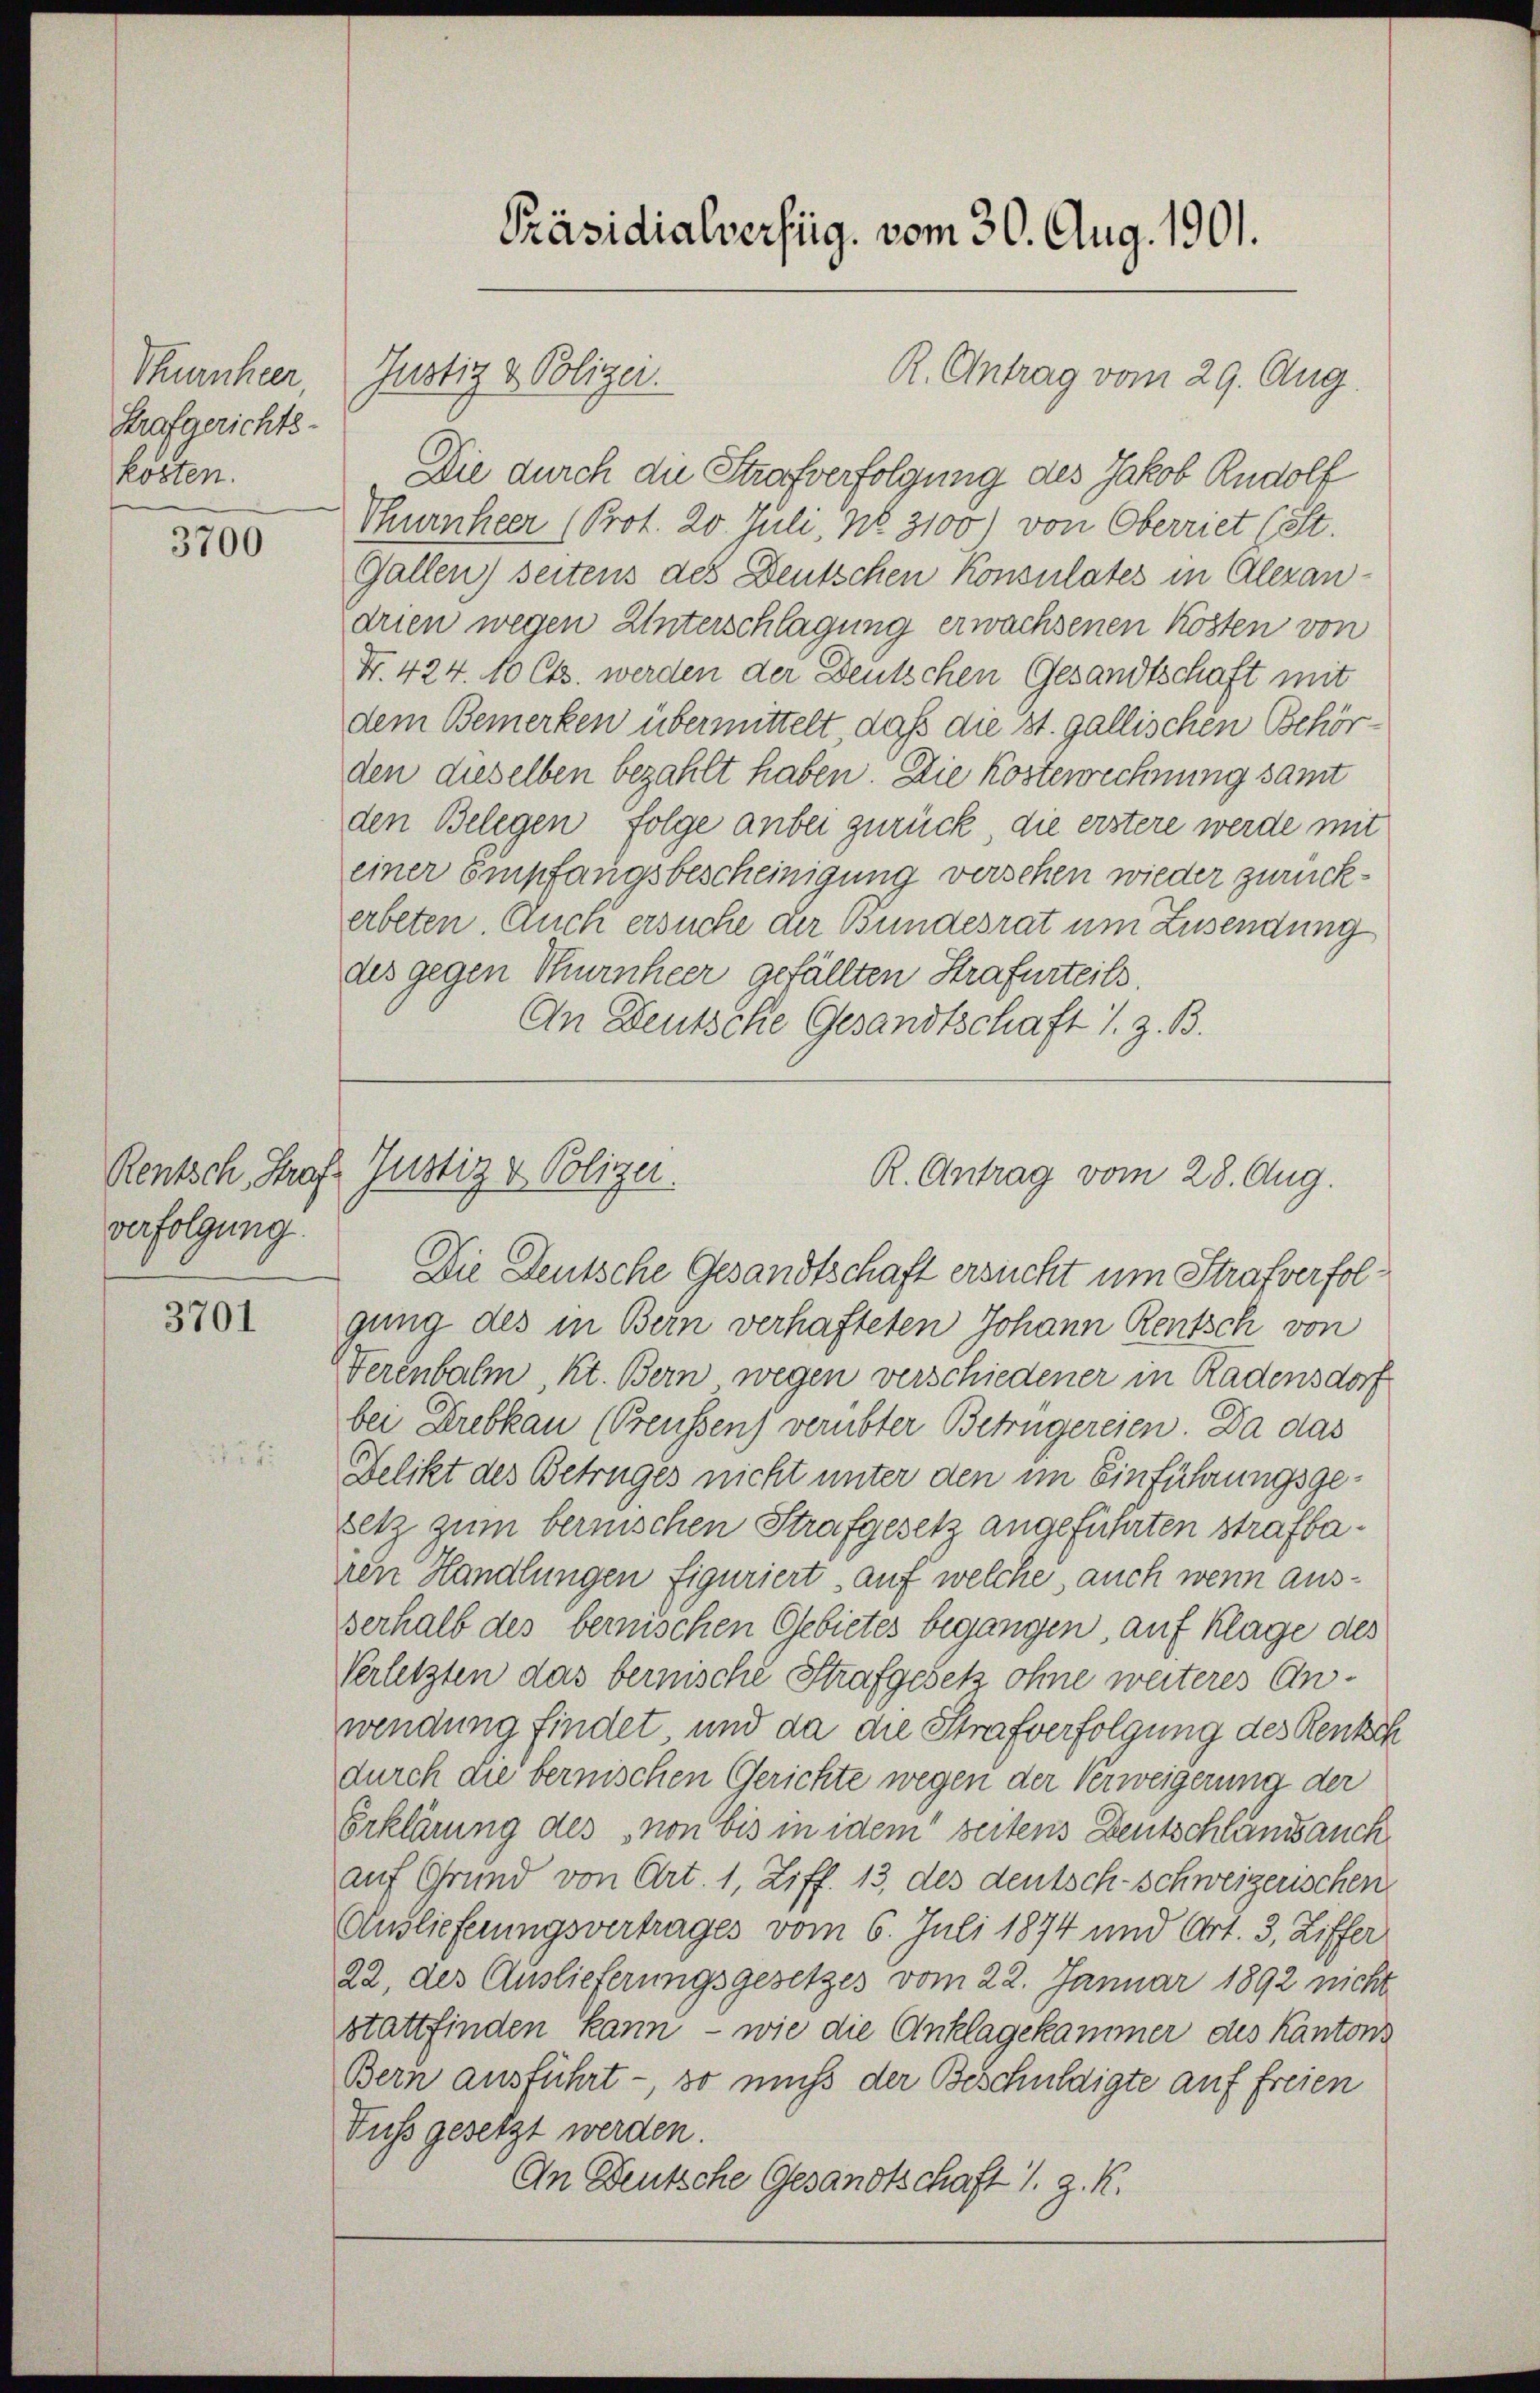
Thurnheer,
Strafgerichts-
kosten.

3700

verfolgung.

3701

Die durch die Strafverfolgung des Jakob Rudolf
Thurnheer (Prot. 20. Juli, No. 3100) von Oberriet (St.
Gallen) seitens des Deutschen Konsulates in Alexandrien wegen Unterschlagung erwachsenen Kosten von
Nr. 424. 10 Cts. werden der Deutschen Gesandtschaft mit
dem Bemerken übermittelt, daß die st. gallischen Behörden dieselben bezahlt haben. Die Kosterechnung samt
den Belegen folge anbei zurück, die erstere werde mit
einer Empfangsbescheinigung versehen wieder zurückerbeten. Auch ersuche der Bundesrat um Zusendung
des gegen Thurnheer gefällten Strafurteils.
An Deutsche Gesandtschaft s. z. B.

Justiz & Polizei.

Rentsch, Graf Justiz & Polizer.

Die Deutsche Gesandtschaft ersucht um Strafverfolgung des in Bern verhafteten Johann Rentsch von
Verenbalm, Kt. Bern wegen verschiedener in Rädensdorf
bei Krebkau (Preussen) verübter Betrügereien. Da das
Felikt des Betruges nicht unter den im Einführungsgesetz zum bernischen Strafgesetz angeführten strafbanen Handlungen figuriert auf welche, auch wenn ausverhalb des bernischen Gebietes begangen, auf Klage des
Verletzten das bernische Strafgesetz ohne weiteres Anwendung findet und da die Strafverfolgung des Renkch
durch die bernischen Gerichte wegen der Verweigerung der
Erklärung des von bis in idem seitens Deutschlands auch
auf Grund von Art. 1, Ziff. 13, des deutsch-schweizerischen
Auslieferungsvertrages vom 6. Juli 1874 und Art. 3, Ziffer
22, des Auslieferungsgesetzes vom 22. Januar 1892 nicht
stattfinden kann – wie die Anklagekammer des Kantons
Bern ausführt -, so muß der Beschuldigte auf freien
Fuss gesetzt werden.
An Deutsche Gesandtschaft 1. J. K.

Präsidialverfüg, vom 30. Aug. 1901.

R. Antrag vom 29. Aug

R. Antrag vom 28. Aug.